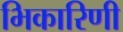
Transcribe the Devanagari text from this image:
भिकारिणी